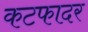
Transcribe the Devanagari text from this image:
कटफादर